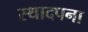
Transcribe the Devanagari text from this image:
स्थादपना